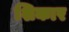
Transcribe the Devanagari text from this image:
शिकार